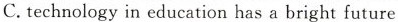
C.technology in education has a bright future